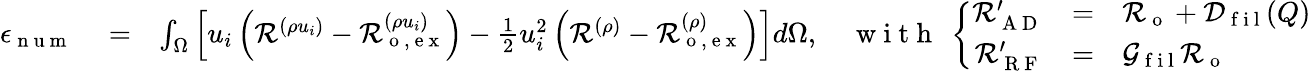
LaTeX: \begin{array}{rlr}{\epsilon_{\mathrm{~n~u~m~}}}&{{}=}&{\int_{\Omega}\left[u_{i}\left(\mathcal{R}^{(\rho u_{i})}-\mathcal{R}_{\mathrm{~o~,~e~x~}}^{(\rho u_{i})}\right)-\frac{1}{2}u_{i}^{2}\left(\mathcal{R}^{(\rho)}-\mathcal{R}_{\mathrm{~o~,~e~x~}}^{(\rho)}\right)\right]d\Omega,\quad\mathrm{~w~i~t~h~}\ \left\{ \begin{array}{rcl}{\mathcal{R}_{\mathrm{~A~D~}}^{\prime}}&{=}&{\mathcal{R}_{\mathrm{~o~}}+\mathcal{D}_{\mathrm{~f~i~l~}}(Q)}\\ {\mathcal{R}_{\mathrm{~R~F~}}^{\prime}}&{=}&{\mathcal{G}_{\mathrm{~f~i~l~}}\mathcal{R}_{\mathrm{~o~}}}\end{array}\right.}\end{array}